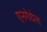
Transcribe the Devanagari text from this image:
एनगेधेल